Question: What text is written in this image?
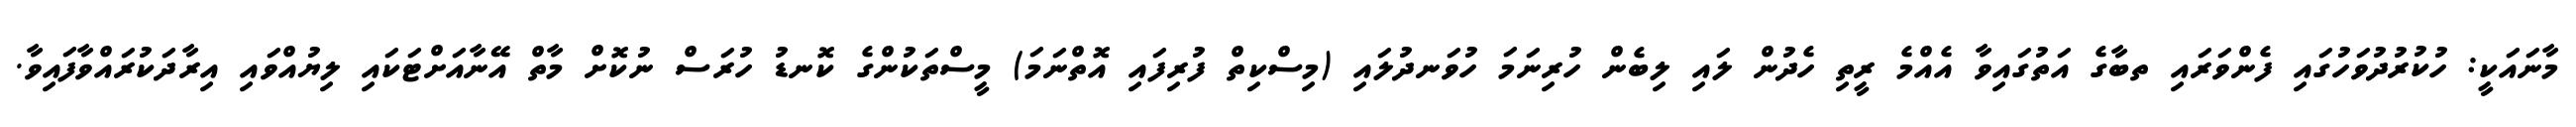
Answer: މާނައަކީ: ހުކުރުދުވަހުގައި ފެންވަރައި ތބާގެ އަތުގައިވާ އެއްމެ ރީތި ހެދުން ލައި ލިބެން ހުރިނަމަ ހުވަނދުލައި (މިސްކިތް ފުރިފައި އޮތްނަމަ) މީސްތަކުންގެ ކޮނޑު ހުރަސް ނުކޮށް މާތް އޭނާއަށްޓަކައި ލިޔުއްވައި އިރާދަކުރައްވާފައިވާ.